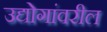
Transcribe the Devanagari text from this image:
उद्योगांवरील